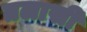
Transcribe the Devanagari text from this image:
तलासी